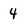
Character: 4